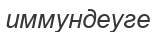
иммундеуге